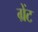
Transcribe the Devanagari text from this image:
ग्रेंट